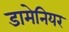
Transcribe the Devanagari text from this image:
डामेनियर